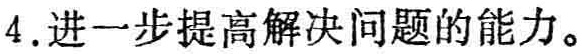
4. 进一步提高解决问题的能力。